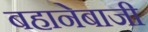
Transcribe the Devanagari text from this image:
बहानेबाजी